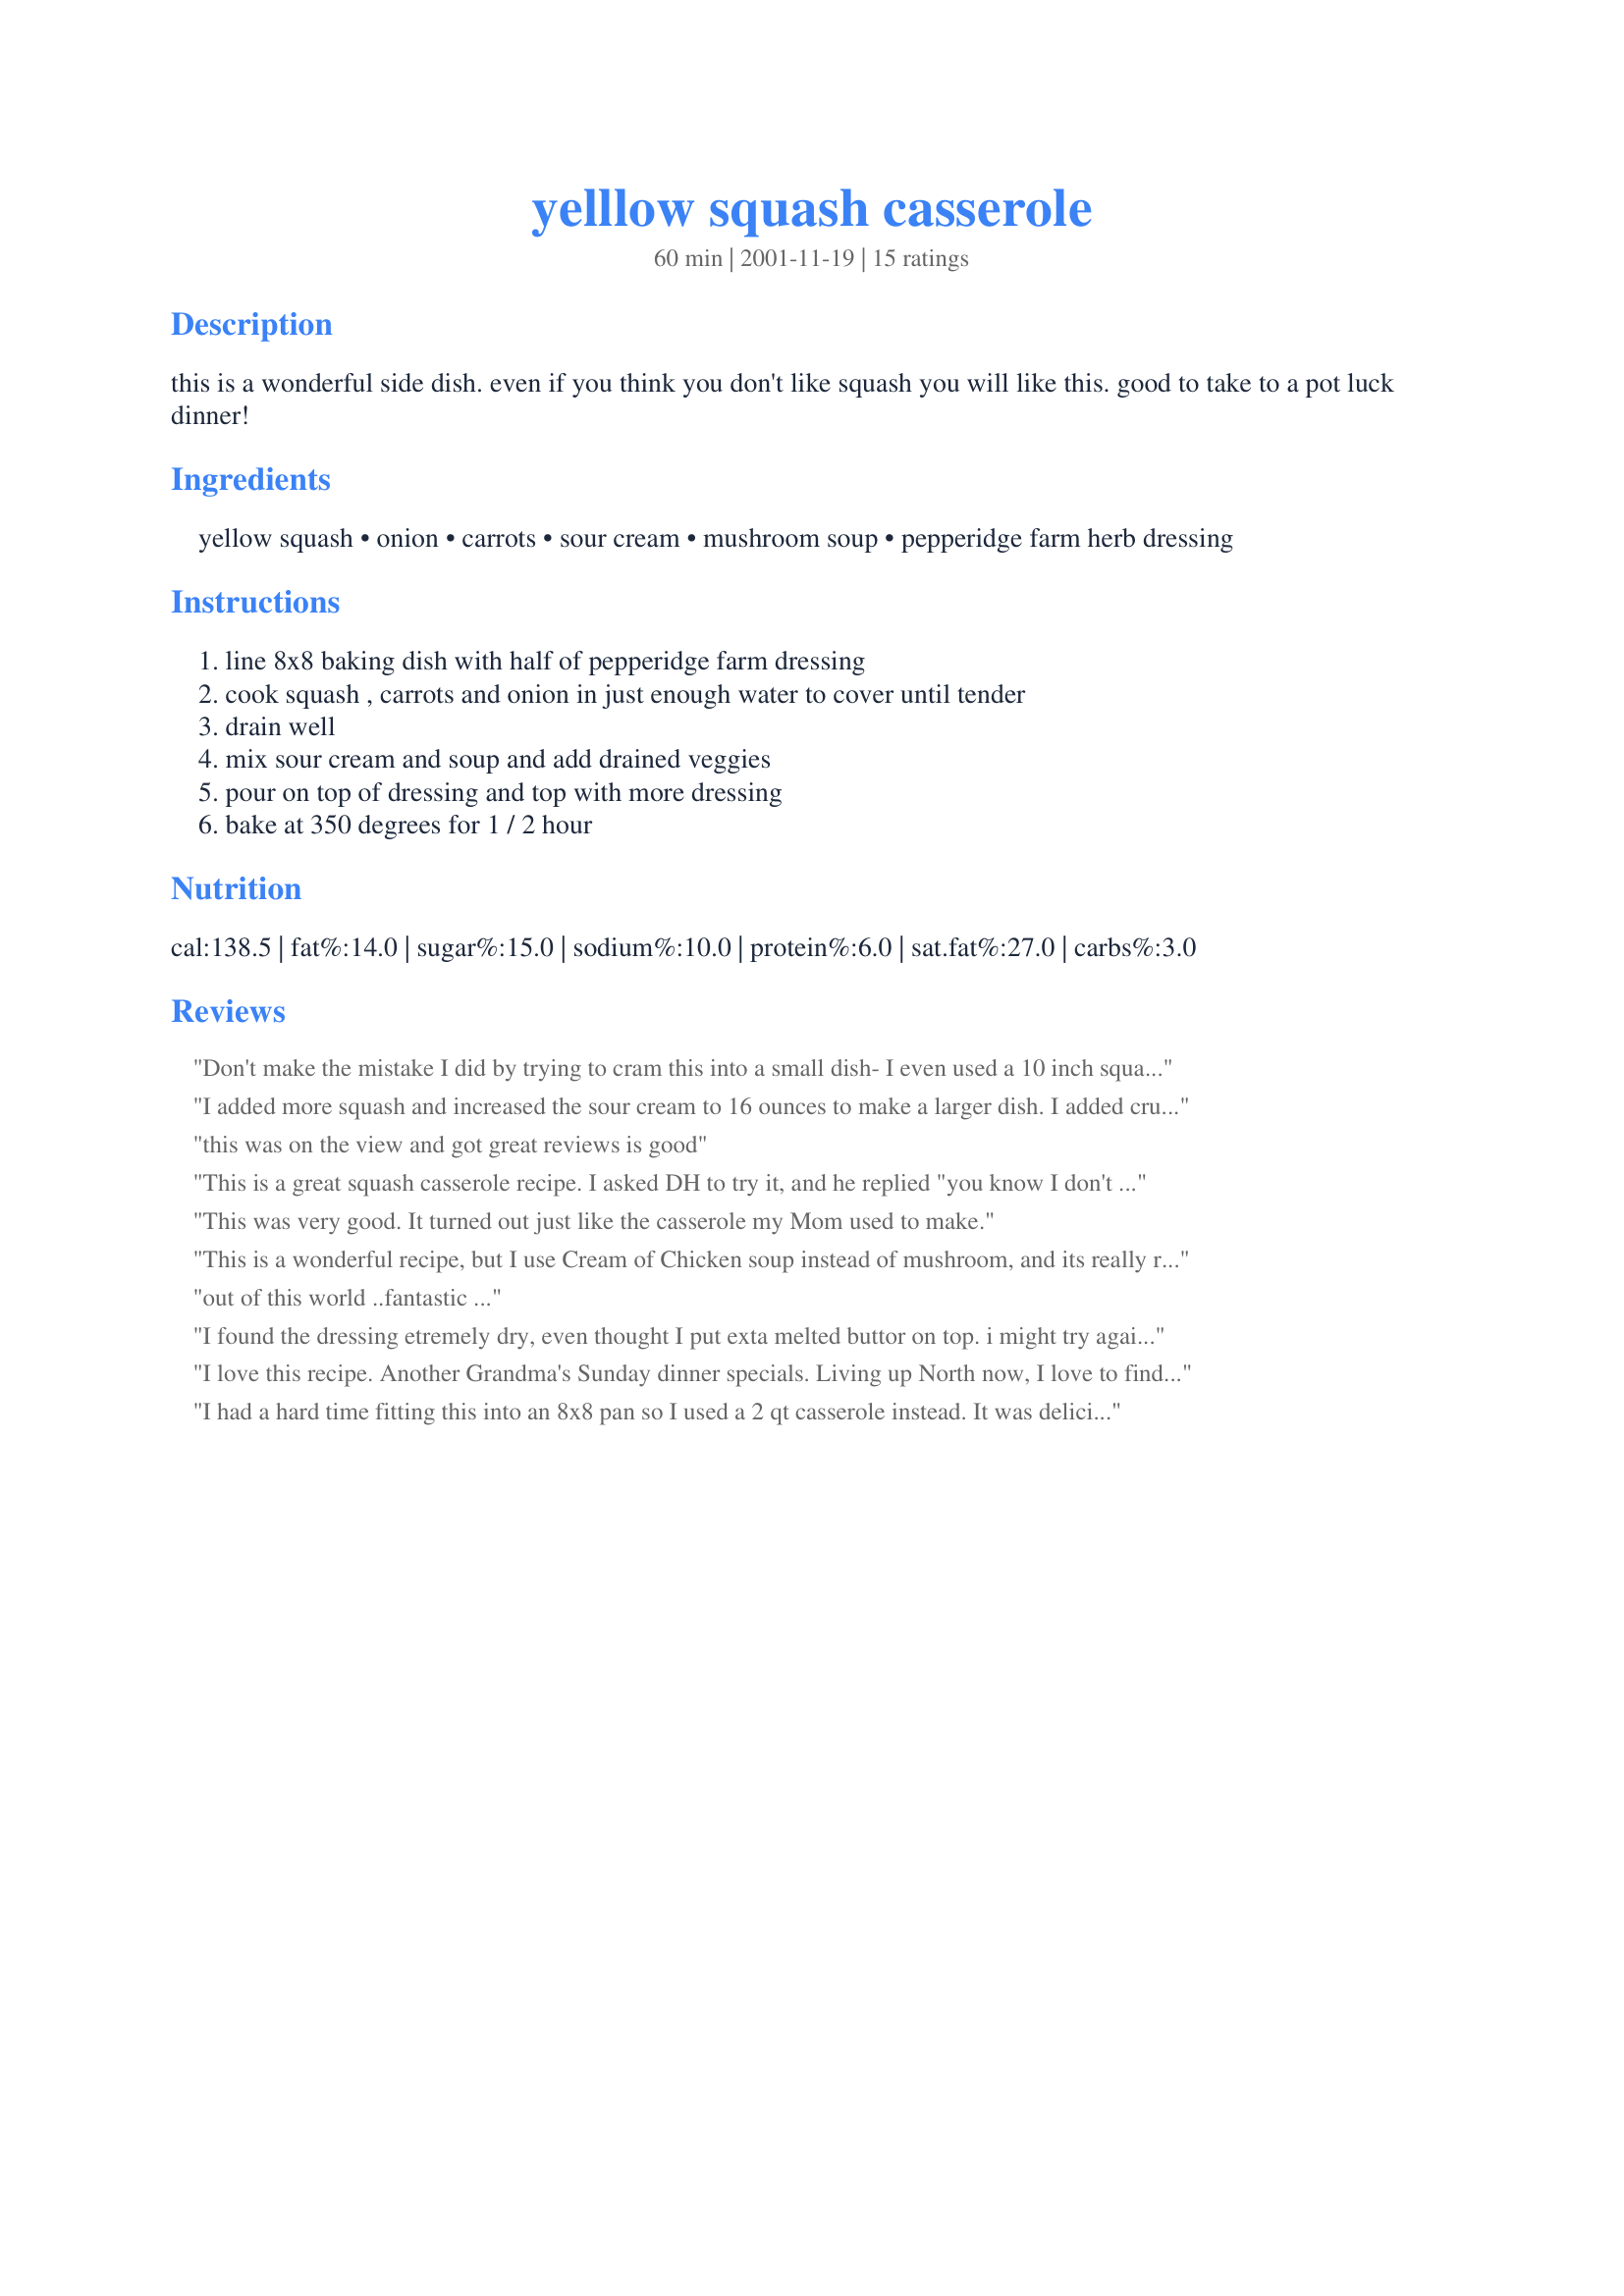
yelllow squash casserole
Preparation time: 60 minutes

this is a wonderful side dish. even if you think you don't like squash you will like this. good to take to a pot luck dinner!

Ingredients:
yellow squash, onion, carrots, sour cream, mushroom soup, pepperidge farm herb dressing

Steps:
line 8x8 baking dish with half of pepperidge farm dressing, cook squash , carrots and onion in just enough water to cover until tender, drain well, mix sour cream and soup and add drained veggies, pour on top of dressing and top with more dressing, bake at 350 degrees for 1 / 2 hour

Reviews:
Don't make the mistake I did by trying to cram this into a small dish- I even used a 10 inch square Corningware, thinking the extra 2 inches would be enough to accommodate. It isn't! Use a large casserole for this recipe! (Haven't tried it yet, so I'm not reviewing, just giving a heads up for those about to cook this.)
I added more squash and increased the sour cream to 16 ounces to make a larger dish. I added crushed ritz crackers with the remaining dressing for the topping. This recipe is a keeper!
 this was on the view and got great reviews is good
This is a great squash casserole recipe. I asked DH to try it, and he replied "you know I don't like squash casserole but I will try it." He truly did like it. I, too, used a larger baking pan, used cream of chicken soup and topped it with crushed cheese crackers. It was a great hit. Thanks for posting a new family favorite recipe.
This was very good. It turned out just like the casserole my Mom used to make.
This is a wonderful recipe, but I use Cream of Chicken soup instead of mushroom, and its really really good.
out of this world ..fantastic ...
I found the dressing etremely dry, even thought I put exta melted buttor on top. i might try again and add more liquid next time. Thank you
I love this recipe. Another Grandma's Sunday dinner specials. Living up North now, I love to find these recipes that bring such comfort, and taste so great. Thanks for sharing it.
I had a hard time fitting this into an 8x8 pan so I used a 2 qt casserole instead. It was delicious. My mother who is a WONDERFUL cook even asked for the recipe. Now that's a compliment. Thanks.
Great recipe! I, too, used cream of chicken and also added a little chopped bell pepper to the veggies. Cookied the veggies in chicken broth. Colorful, healthy (using the lo-fat soup and sour cream) and delicious.
This was absolutely delicious...I also changed the soup to Cr. of Celery which was what I had in the pantry and added just a bit of shredded cheddar.Thank you for sharing. Deserves more than a 5 rating.
This is my favorite summer squash recipe for company or a dish to give. I've been making it for years with loads of compliments. Thanks for posting it.
Big hit at my son's birthday picnic yesterday - it was so yummy that family requested that I make it for our Family Reunion on Labor Day. I used half green/yellow squash, and cream of chicken soup. I put the veggies directly on the stuffing, then spread the soup/sour cream mixture on top, then the last layer of stuffing. (It's called NOT reading the directions closely!!). Threw it together in the morning, put in fridge, then baked it right before company came. I was ready to try a new way to cook up all this summer squash - and this hit the spot!!
This was delicious! I couldn't find Pepperidge Farm herb dressing, so I had to use Mrs. Cubbison's... next time I will find the Pepperidge Farm ahead of time as I think that would be even better... the Mrs. Cubbison's was quite bland -- my fault! :) It was still EXCELLENT and enjoyed by all. Thanks for the delicious recipe! Dianne
